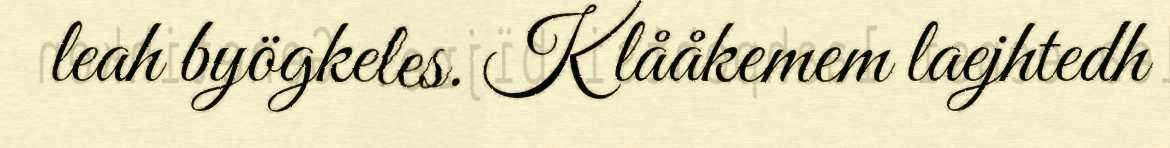
leah byögkeles. Klååkemem laejhtedh